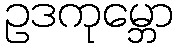
ဥဒကုမ္ဘော